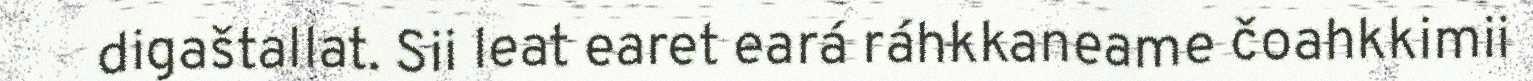
digaštallat. Sii leat earet eará ráhkkaneame čoahkkimii